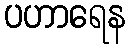
ပဟာရေန